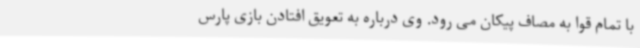
با تمام قوا به مصاف پیکان می رود. وی درباره به تعویق افتادن بازی پارس